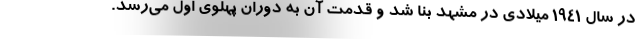
در سال ۱۹۴۱ میلادی در مشهد بنا شد و قدمت آن به دوران پهلوی اول می‌رسد.